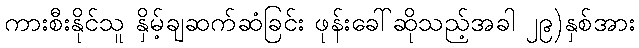
ကားစီးနိုင်သူ နှိမ့်ချဆက်ဆံခြင်း ဖုန်းခေါ်ဆိုသည့်အခါ ၂၉)နှစ်အား